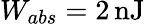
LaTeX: W_{abs}=2\, \mathrm{nJ}